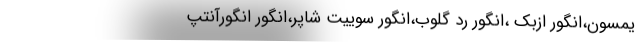
یمسون،انگور ازبک ،انگور رد گلوب،انگور سوییت شاپر،انگور انگورآنتپ